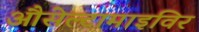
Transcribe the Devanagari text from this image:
औसेल्टामाइविर